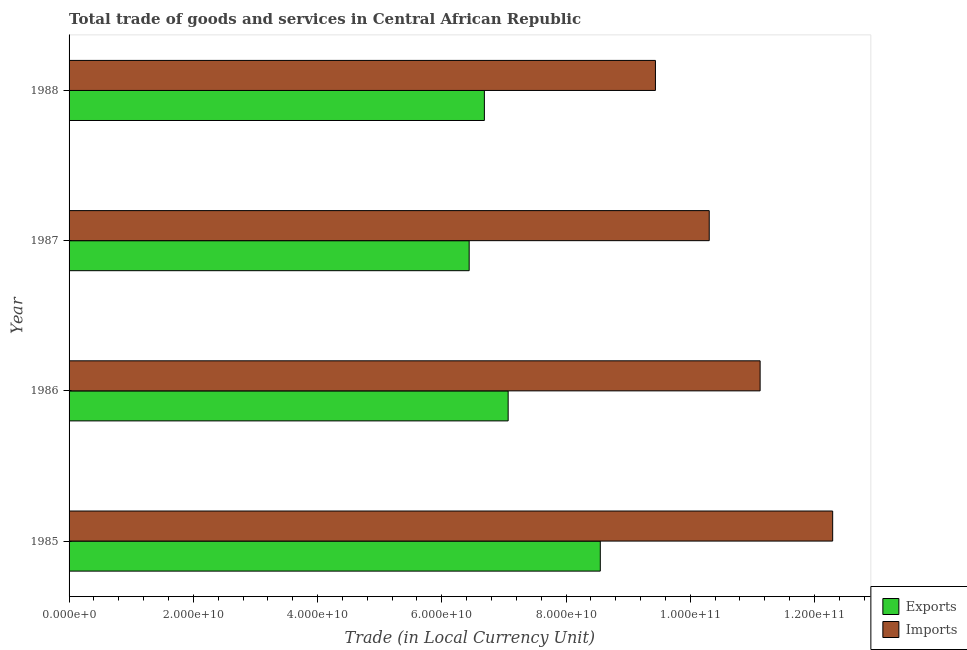
| Year | Exports | Imports |
 | --- | --- | --- |
 | 1985 | 8.55e+10 | 1.23e+11 |
 | 1986 | 7.07e+10 | 1.11e+11 |
 | 1987 | 6.44e+10 | 1.03e+11 |
 | 1988 | 6.69e+10 | 9.44e+10 |